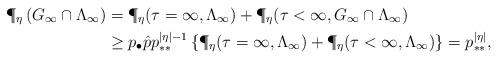
LaTeX: \begin{align*}\P_\eta \left(G_\infty \cap \Lambda_\infty \right) & = \P_\eta(\tau = \infty, \Lambda_\infty) + \P_\eta (\tau < \infty, G_\infty \cap \Lambda_\infty) \\& \ge p_\bullet \hat{p} p_{**}^{|\eta|-1} \left\{\P_\eta(\tau = \infty, \Lambda_\infty) + \P_\eta(\tau < \infty, \Lambda_\infty)\right\} = p_{**}^{|\eta|},\end{align*}